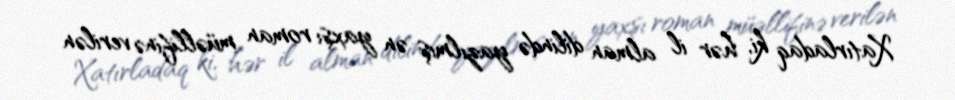
Xatırladaq ki, hər il alman dilində yazılmış ən yaxşı roman müəllifinə verilən